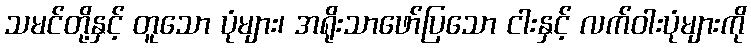
သမင်တို့နှင့် တူသော ပုံများ၊ အရိုးသာဖော်ပြသော ငါးနှင့် လက်ဝါးပုံများကို